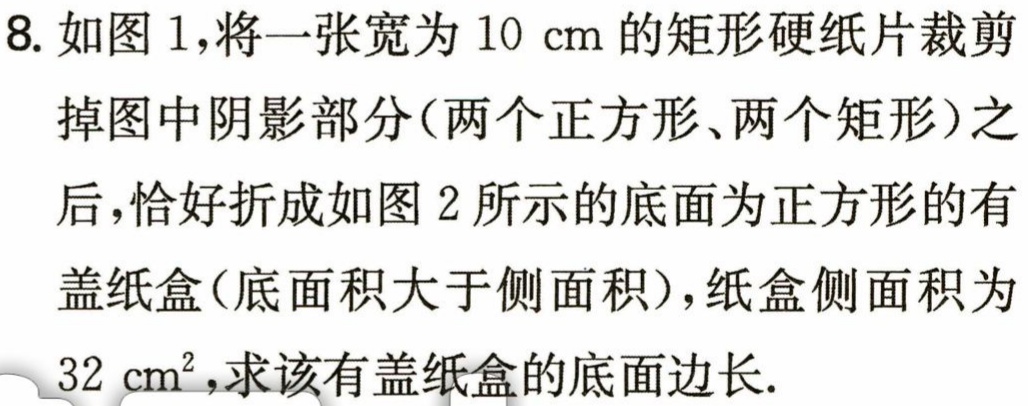
8. 如图1，将一张宽为10 cm的矩形硬纸片裁剪掉图中阴影部分（两个正方形、两个矩形）之后，恰好折成如图2所示的底面为正方形的有盖纸盒（底面积大于侧面积），纸盒侧面积为32 \(cm^{2}\)，求该有盖纸盒的底面边长.